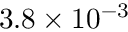
3 . 8 \times 1 0 ^ { - 3 }